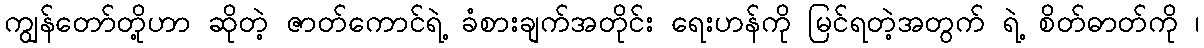
ကျွန်တော်တို့ဟာ ဆိုတဲ့ ဇာတ်ကောင်ရဲ့ ခံစားချက်အတိုင်း ရေးဟန်ကို မြင်ရတဲ့အတွက် ရဲ့ စိတ်ဓာတ်ကို ၊